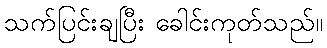
သက်ပြင်းချပြီး ခေါင်းကုတ်သည်။